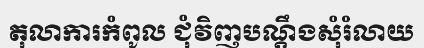
តុលាការកំពូល ជុំវិញបណ្តឹងសុំរំលាយ